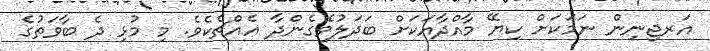
އަރޖިނިން ނަމަކަށް ކިޔޭ މާއްދާއަކަށް ބަދަލުވެގެންދާ އެއްޗެކެވެ. މި މުޅި ދެ ބާވަތުގެ